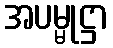
အပမ္မုဋ္ဌာ